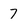
Character: 7